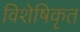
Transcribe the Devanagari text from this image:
विशेषिकृत